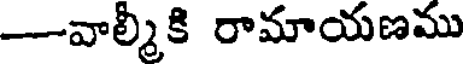
-వాల్మీకి రామాయణము